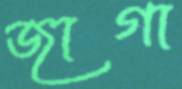
জাগা